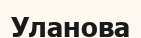
Уланова